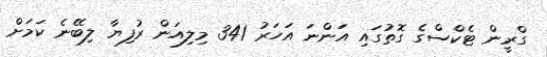
ގްރީން ޓެކްސްގެ ގޮތުގައި އަންނަ އަހަރު 341 މިލިއަން ރުފިޔާ ލިބޭނެ ކަމަށް